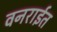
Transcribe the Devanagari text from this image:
वनराईत